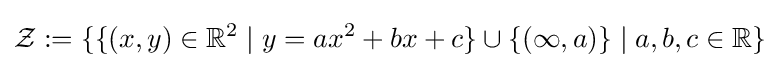
{\mathcal {Z}}:=\{\{(x,y)\in \mathbb {R} ^{2}\mid y=ax^{2}+bx+c\}\cup \{(\infty ,a)\}\mid a,b,c\in \mathbb {R} \}